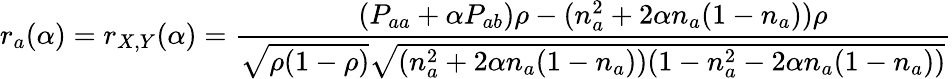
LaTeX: r_{a}(\alpha)=r_{X,Y}(\alpha)=\frac{(P_{aa}+\alpha P_{ab})\rho-(n_{a}^{2}+2\alpha n_{a}(1-n_{a}))\rho}{\sqrt{\rho(1-\rho)}\sqrt{(n_{a}^{2}+2\alpha n_{a}(1-n_{a}))(1-n_{a}^{2}-2\alpha n_{a}(1-n_{a}))}}